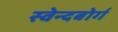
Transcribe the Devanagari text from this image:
स्वेन्दबोर्ग